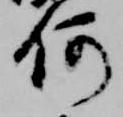
何